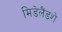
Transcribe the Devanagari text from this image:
मिडेलैंडशे